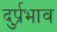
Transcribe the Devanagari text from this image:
दुर्प्रभाव